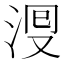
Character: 𣴬